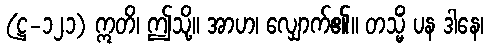
(ဋ္ဌ-၁၂၁) ဣတိ၊ ဤသို့။ အာဟ၊ လျှောက်၏။ တသ္မိံ ပန ဒါနေ၊